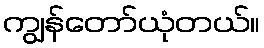
ကျွန်တော်ယုံတယ်။